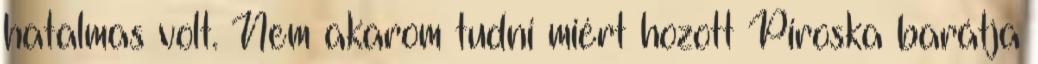
hatalmas volt. Nem akarom tudni miért hozott Piroska barátja